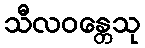
သီလဝန္တေသု